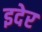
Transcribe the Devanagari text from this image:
इदेर